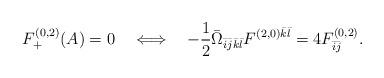
LaTeX: \begin{align*}F^{(0,2)}_{+}(A)=0\quad\Longleftrightarrow\quad-\frac{1}{2}\bar{\Omega}_{\bar{i}\bar{j}\bar{k}\bar{l}}F^{(2,0)\bar{k}\bar{l}}=4F^{(0,2)}_{\bar{i}\bar{j}}.\end{align*}